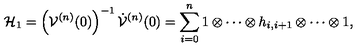
{ \cal H } _ { 1 } = \left( { \cal V } ^ { ( n ) } ( 0 ) \right) ^ { - 1 } \dot { \cal V } ^ { ( n ) } ( 0 ) = \sum _ { i = 0 } ^ { n } 1 \otimes \cdots \otimes h _ { i , i + 1 } \otimes \cdots \otimes 1 ,